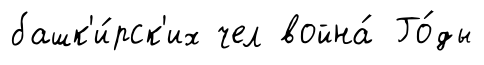
башк'и́рск'их чел война́ Го́ды